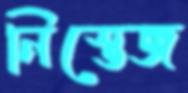
নিস্তেজ